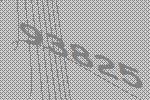
93825